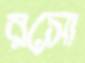
রসো